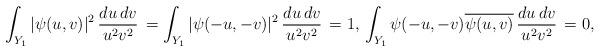
LaTeX: \begin{align*}\int_{Y_1} |\psi(u,v)|^2 \,\frac{du\,dv}{u^2v^2}\,=\int_{Y_1}|\psi(-u,-v)|^2 \,\frac{du\,dv}{u^2v^2}\,=1,\, \int_{Y_1}\psi(-u,-v)\overline{\psi(u,v)} \,\frac{du\,dv}{u^2v^2}\,= 0,\end{align*}